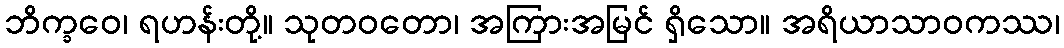
ဘိက္ခဝေ၊ ရဟန်းတို့။ သုတဝတော၊ အကြားအမြင် ရှိသော။ အရိယာသာဝကဿ၊